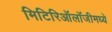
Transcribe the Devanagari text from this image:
मिटिरिऑलॉजीमध्ये